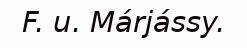
F. u. Márjássy.